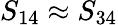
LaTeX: S_{14}\approx S_{34}